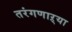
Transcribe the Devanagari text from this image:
तरंगणाऱ्या